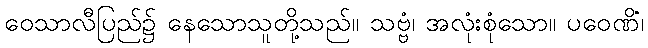
ဝေသာလီပြည်၌ နေသောသူတို့သည်။ သဗ္ဗံ၊ အလုံးစုံသော။ ပဝေဏိံ၊